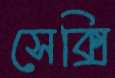
সেক্সি